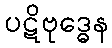
ပဋိဗုဒ္ဓေန